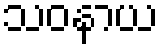
သဝနာယ